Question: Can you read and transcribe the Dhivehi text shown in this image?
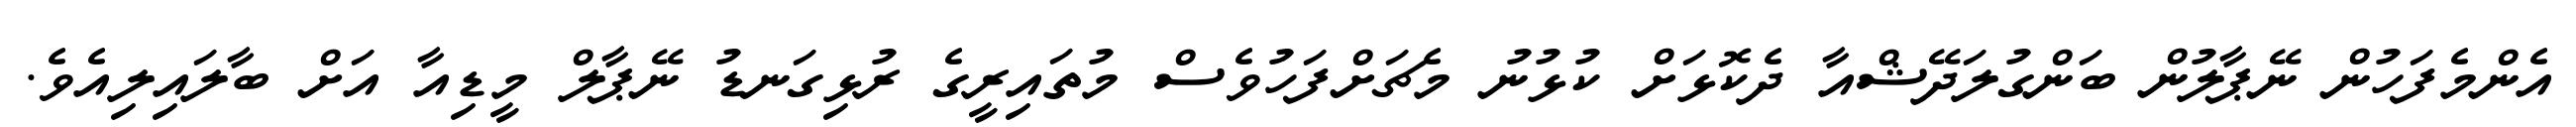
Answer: އެންމެފަހުން ނޭޕާލުން ބަންގުލަދޭޝްއާ ދެކޮޅަށް ކުޅުނު މެޗަށްފަހުވެސް މުތައިރީގެ ރުޅިގަނޑު ނޭޕާލް މީޑިއާ އަށް ބާލައިލިއެވެ.